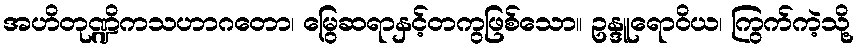
အဟိတုဏ္ဍိကသဟာဂတော၊ မြွေဆရာနှင့်တကွဖြစ်သော။ ဥန္ဒူရောဝိယ၊ ကြွက်ကဲ့သို့